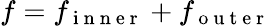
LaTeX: f=f_{\mathrm{~i~n~n~e~r~}}+f_{\mathrm{~o~u~t~e~r~}}